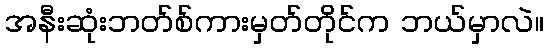
အနီးဆုံးဘတ်စ်ကားမှတ်တိုင်က ဘယ်မှာလဲ။